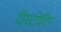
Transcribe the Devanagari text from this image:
रीस्टोरिंग